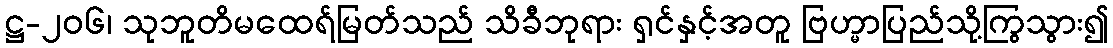
ဋ္ဌ-၂၀၆၊ သုဘူတိမထေရ်မြတ်သည် သိခီဘုရား ရှင်နှင့်အတူ ဗြဟ္မာပြည်သို့ကြွသွား၍